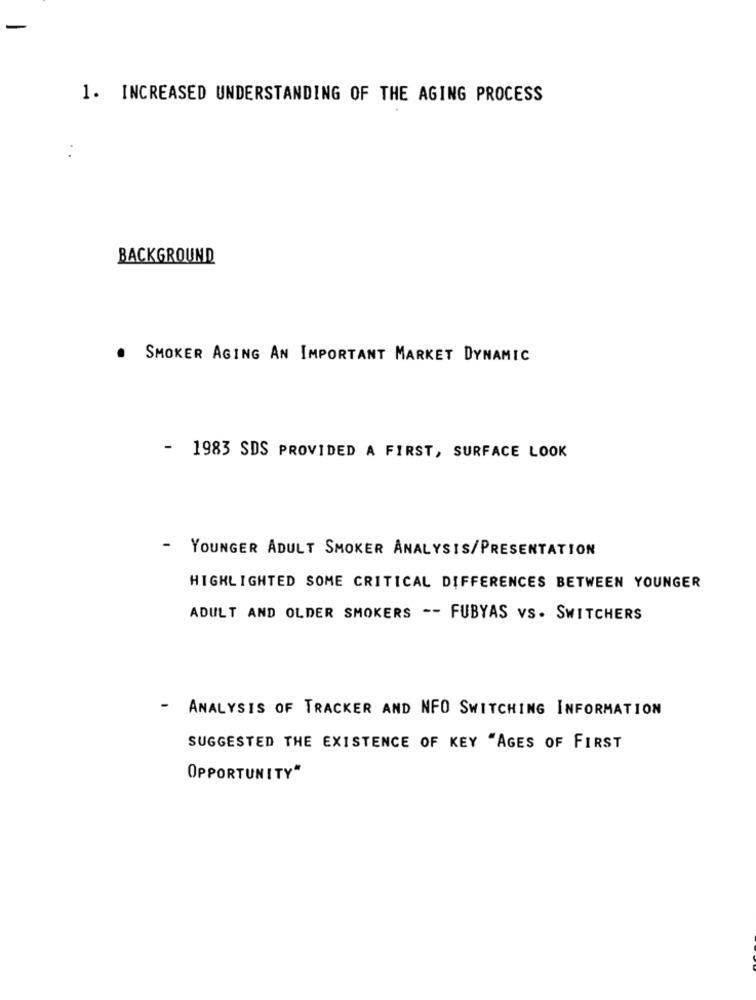
-
1. INCREASED UNDERSTANDING OF THE AGING PROCESS
BACKGROUND
. SMOKER AGING AN IMPORTANT MARKET DYNAMIC
- 1983 SDS PROVIDED A FIRST, SURFACE LOOK
-
YOUNGER ADULT SMOKER ANALYSIS/PRESENTATION
HIGHLIGHTED SOME CRITICAL DIFFERENCES BETWEEN YOUNGER
ADULT AND OLDER SMOKERS -- FUBYAS VS. SWITCHERS
- ANALYSIS OF TRACKER AND NFO SWITCHING INFORMATION
SUGGESTED THE EXISTENCE OF KEY "AGES OF FIRST
OPPORTUNITY"